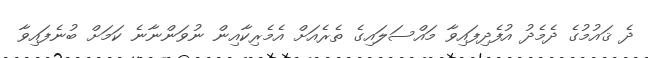
ދެ ޤައުމުގެ ދެމެދު އުފެދިފައިވާ މައްސަލައިގެ ތެރެއަށް އެމެރިކާއިން ނުވަންނާނެ ކަމަށް ބުނެފައިވާ